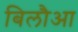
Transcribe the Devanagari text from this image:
बिलौआ